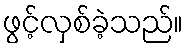
ဖွင့်လှစ်ခဲ့သည်။